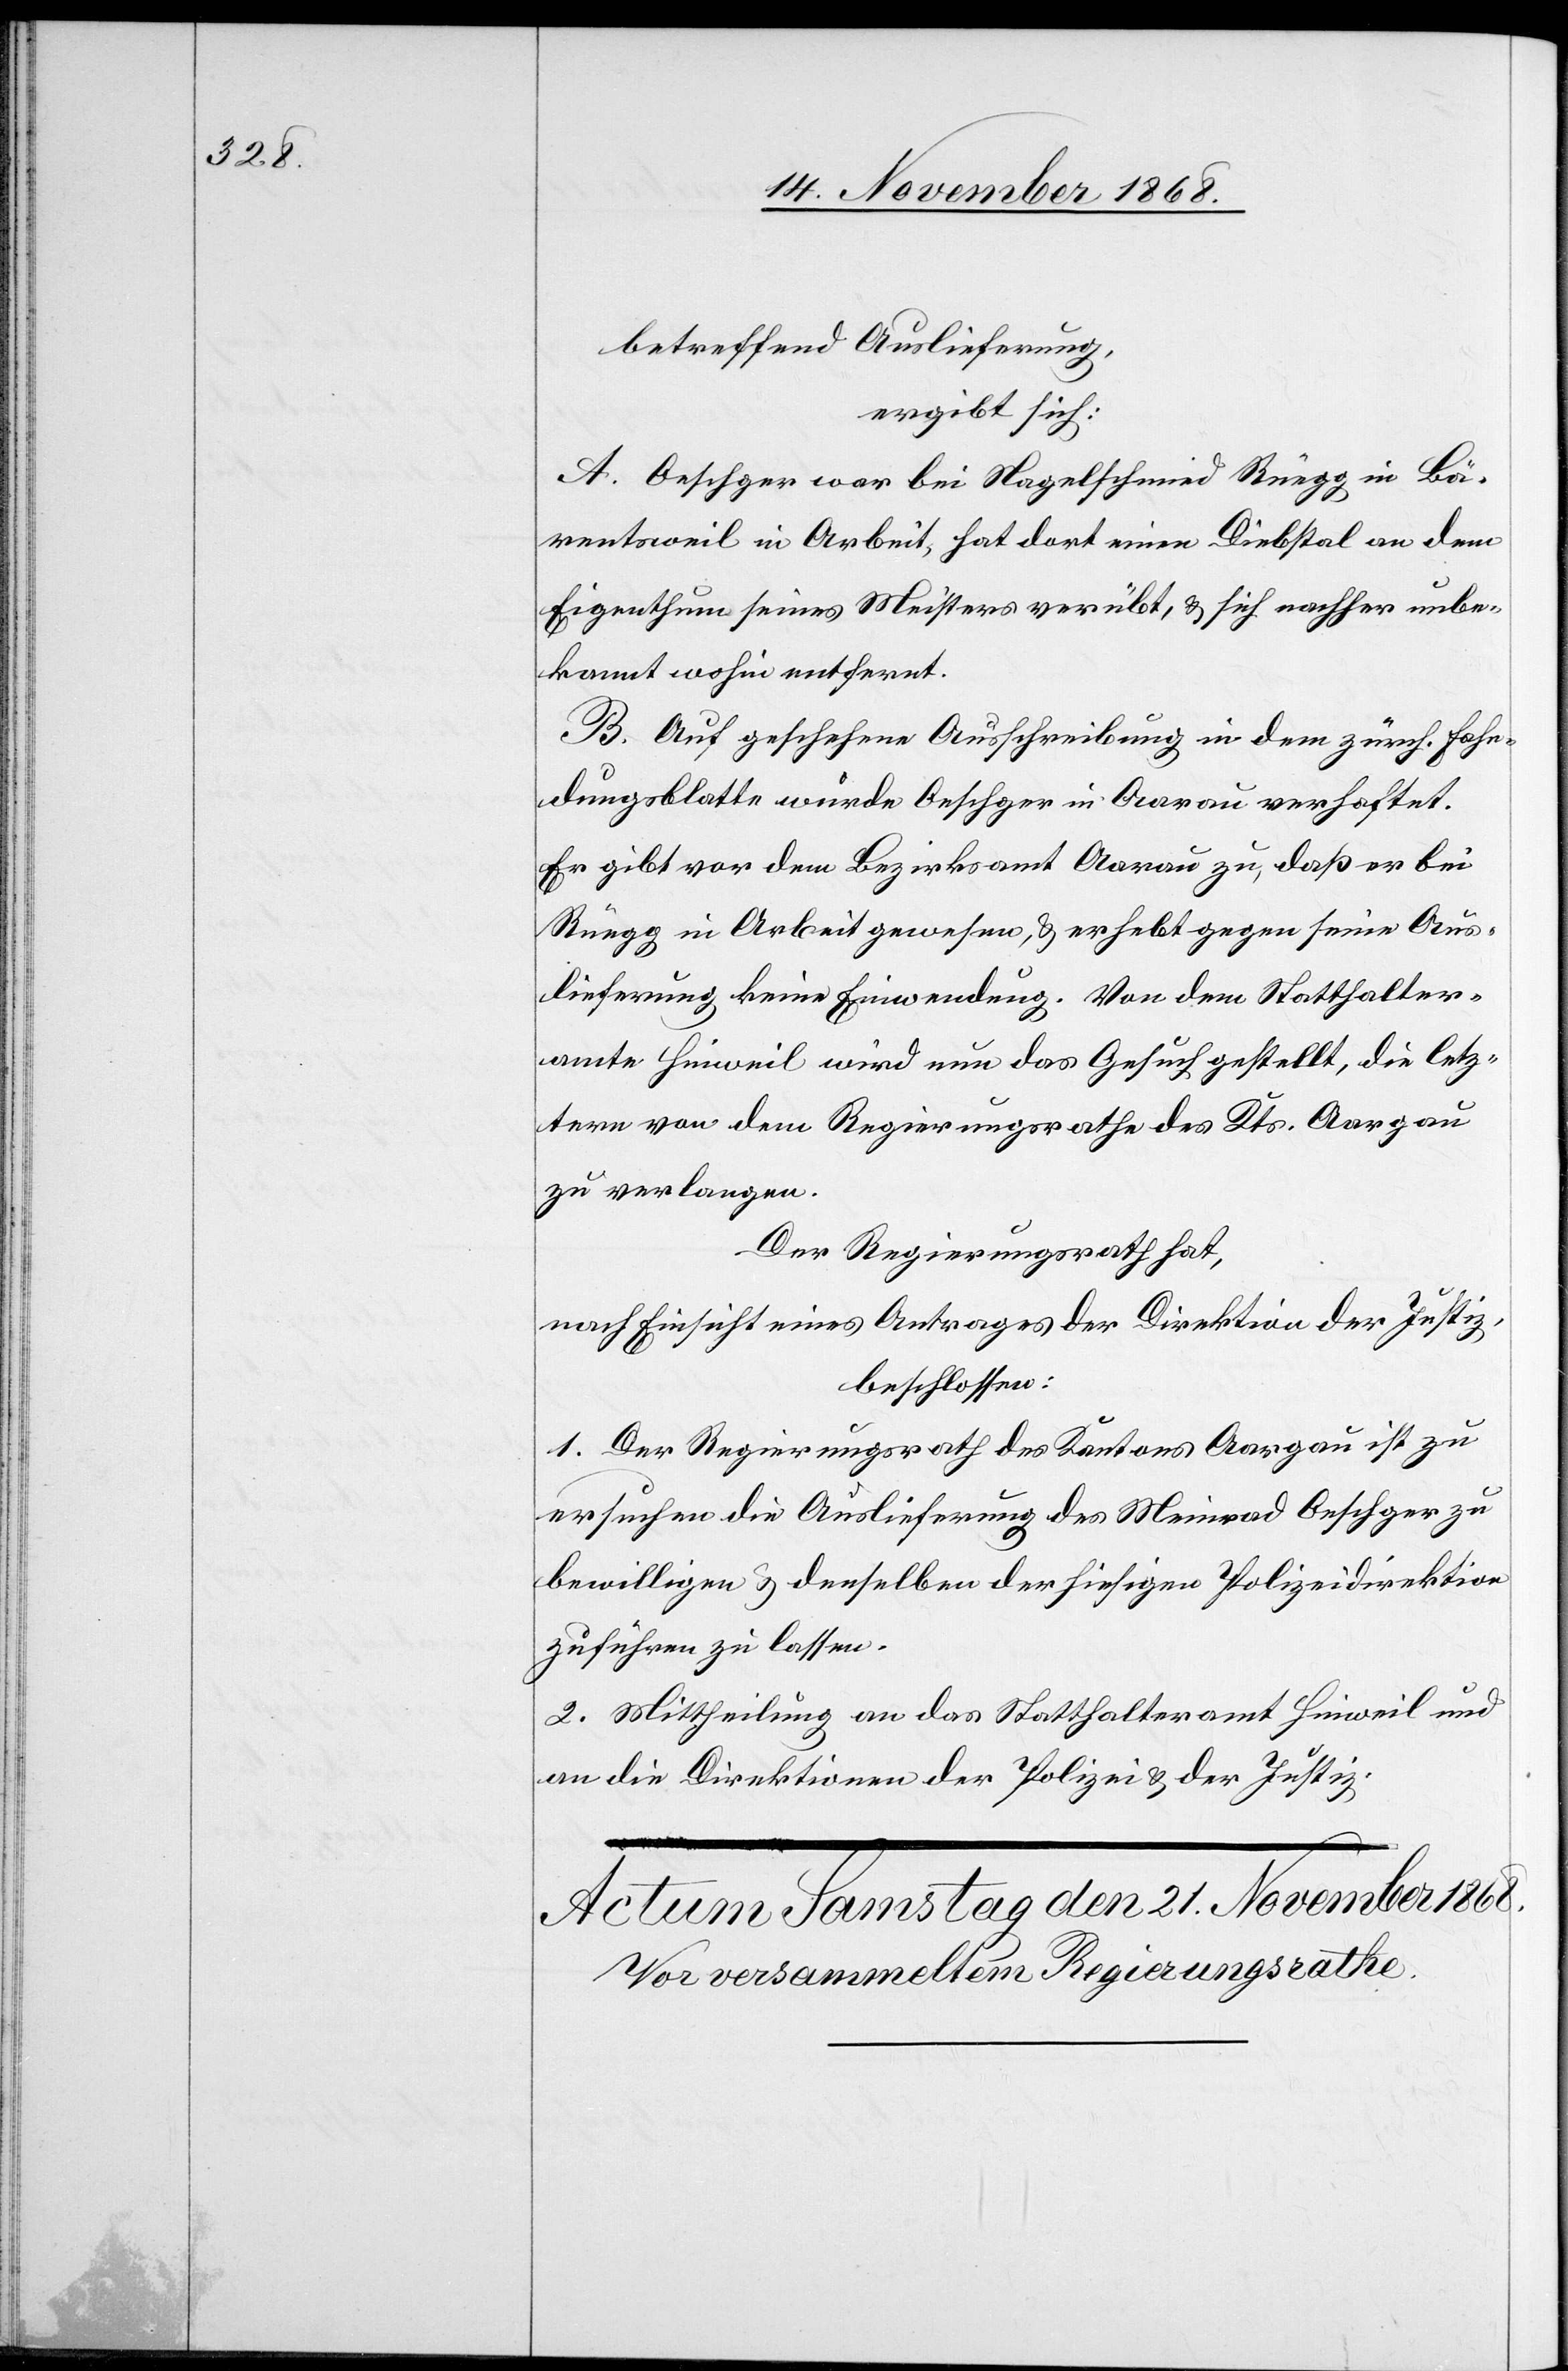
betreffend Auslieferung,
ergibt sich:
A. Oeschger war bei Nagelschmied Rüegg in Bä¬
rentsweil in Arbeit, hat dort einen Diebstal an dem
Eigenthum seines Meisters verübt, & sich nachher unbe¬
kannt wohin entfernt.
B. Auf geschehene Ausschreibung in dem zürch. Fahn¬
dungsblatte wurde Oeschger in Aarau verhaftet.
Er gibt vor dem Bezirksamt Aarau zu, daß er bei
Rüegg in Arbeit gewesen, & erhebt gegen seine Aus¬
lieferung keine Einwendung. Von dem Statthalter¬
amte Hinweil wird nun das Gesuch gestellt, die letz¬
tere von dem Regierungsrathe des Kts. Aargau
zu verlangen.
Der Regierungsrath hat,
nach Einsicht eines Antrages der Direktion der Justiz,
beschlossen:
1. Der Regierungsrath des Kantons Aargau ist zu
ersuchen die Auslieferung des Meinrad Oeschger zu
bewilligen & denselben der hiesigen Polizeidirektion
zuführen zu lassen.
2. Mittheilung an das Statthalteramt Hinweil und
an die Direktionen der Polizei & der Justiz.